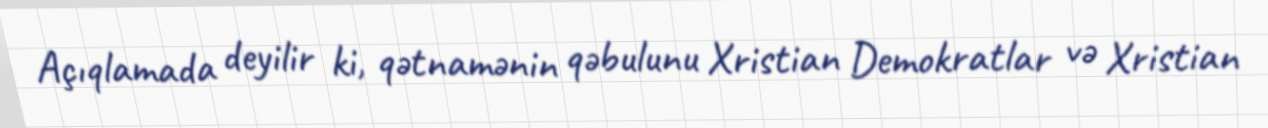
Açıqlamada deyilir ki, qətnamənin qəbulunu Xristian Demokratlar və Xristian